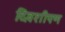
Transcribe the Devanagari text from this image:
दिवशीपण